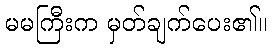
မမကြီးက မှတ်ချက်ပေး၏။